画像に写った文字を読んでください
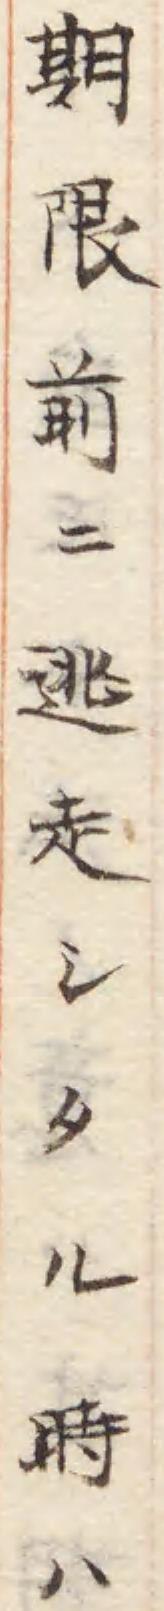
「期限前ニ逃走シ夕ル時ハ」と書いてあります